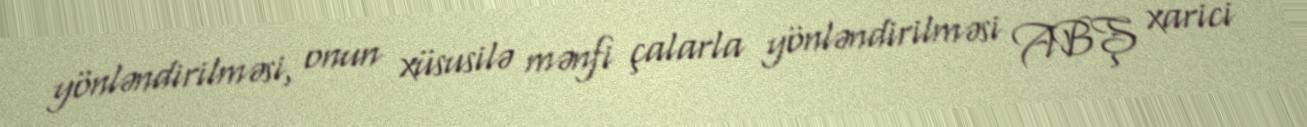
yönləndirilməsi, onun xüsusilə mənfi çalarla yönləndirilməsi ABŞ xarici